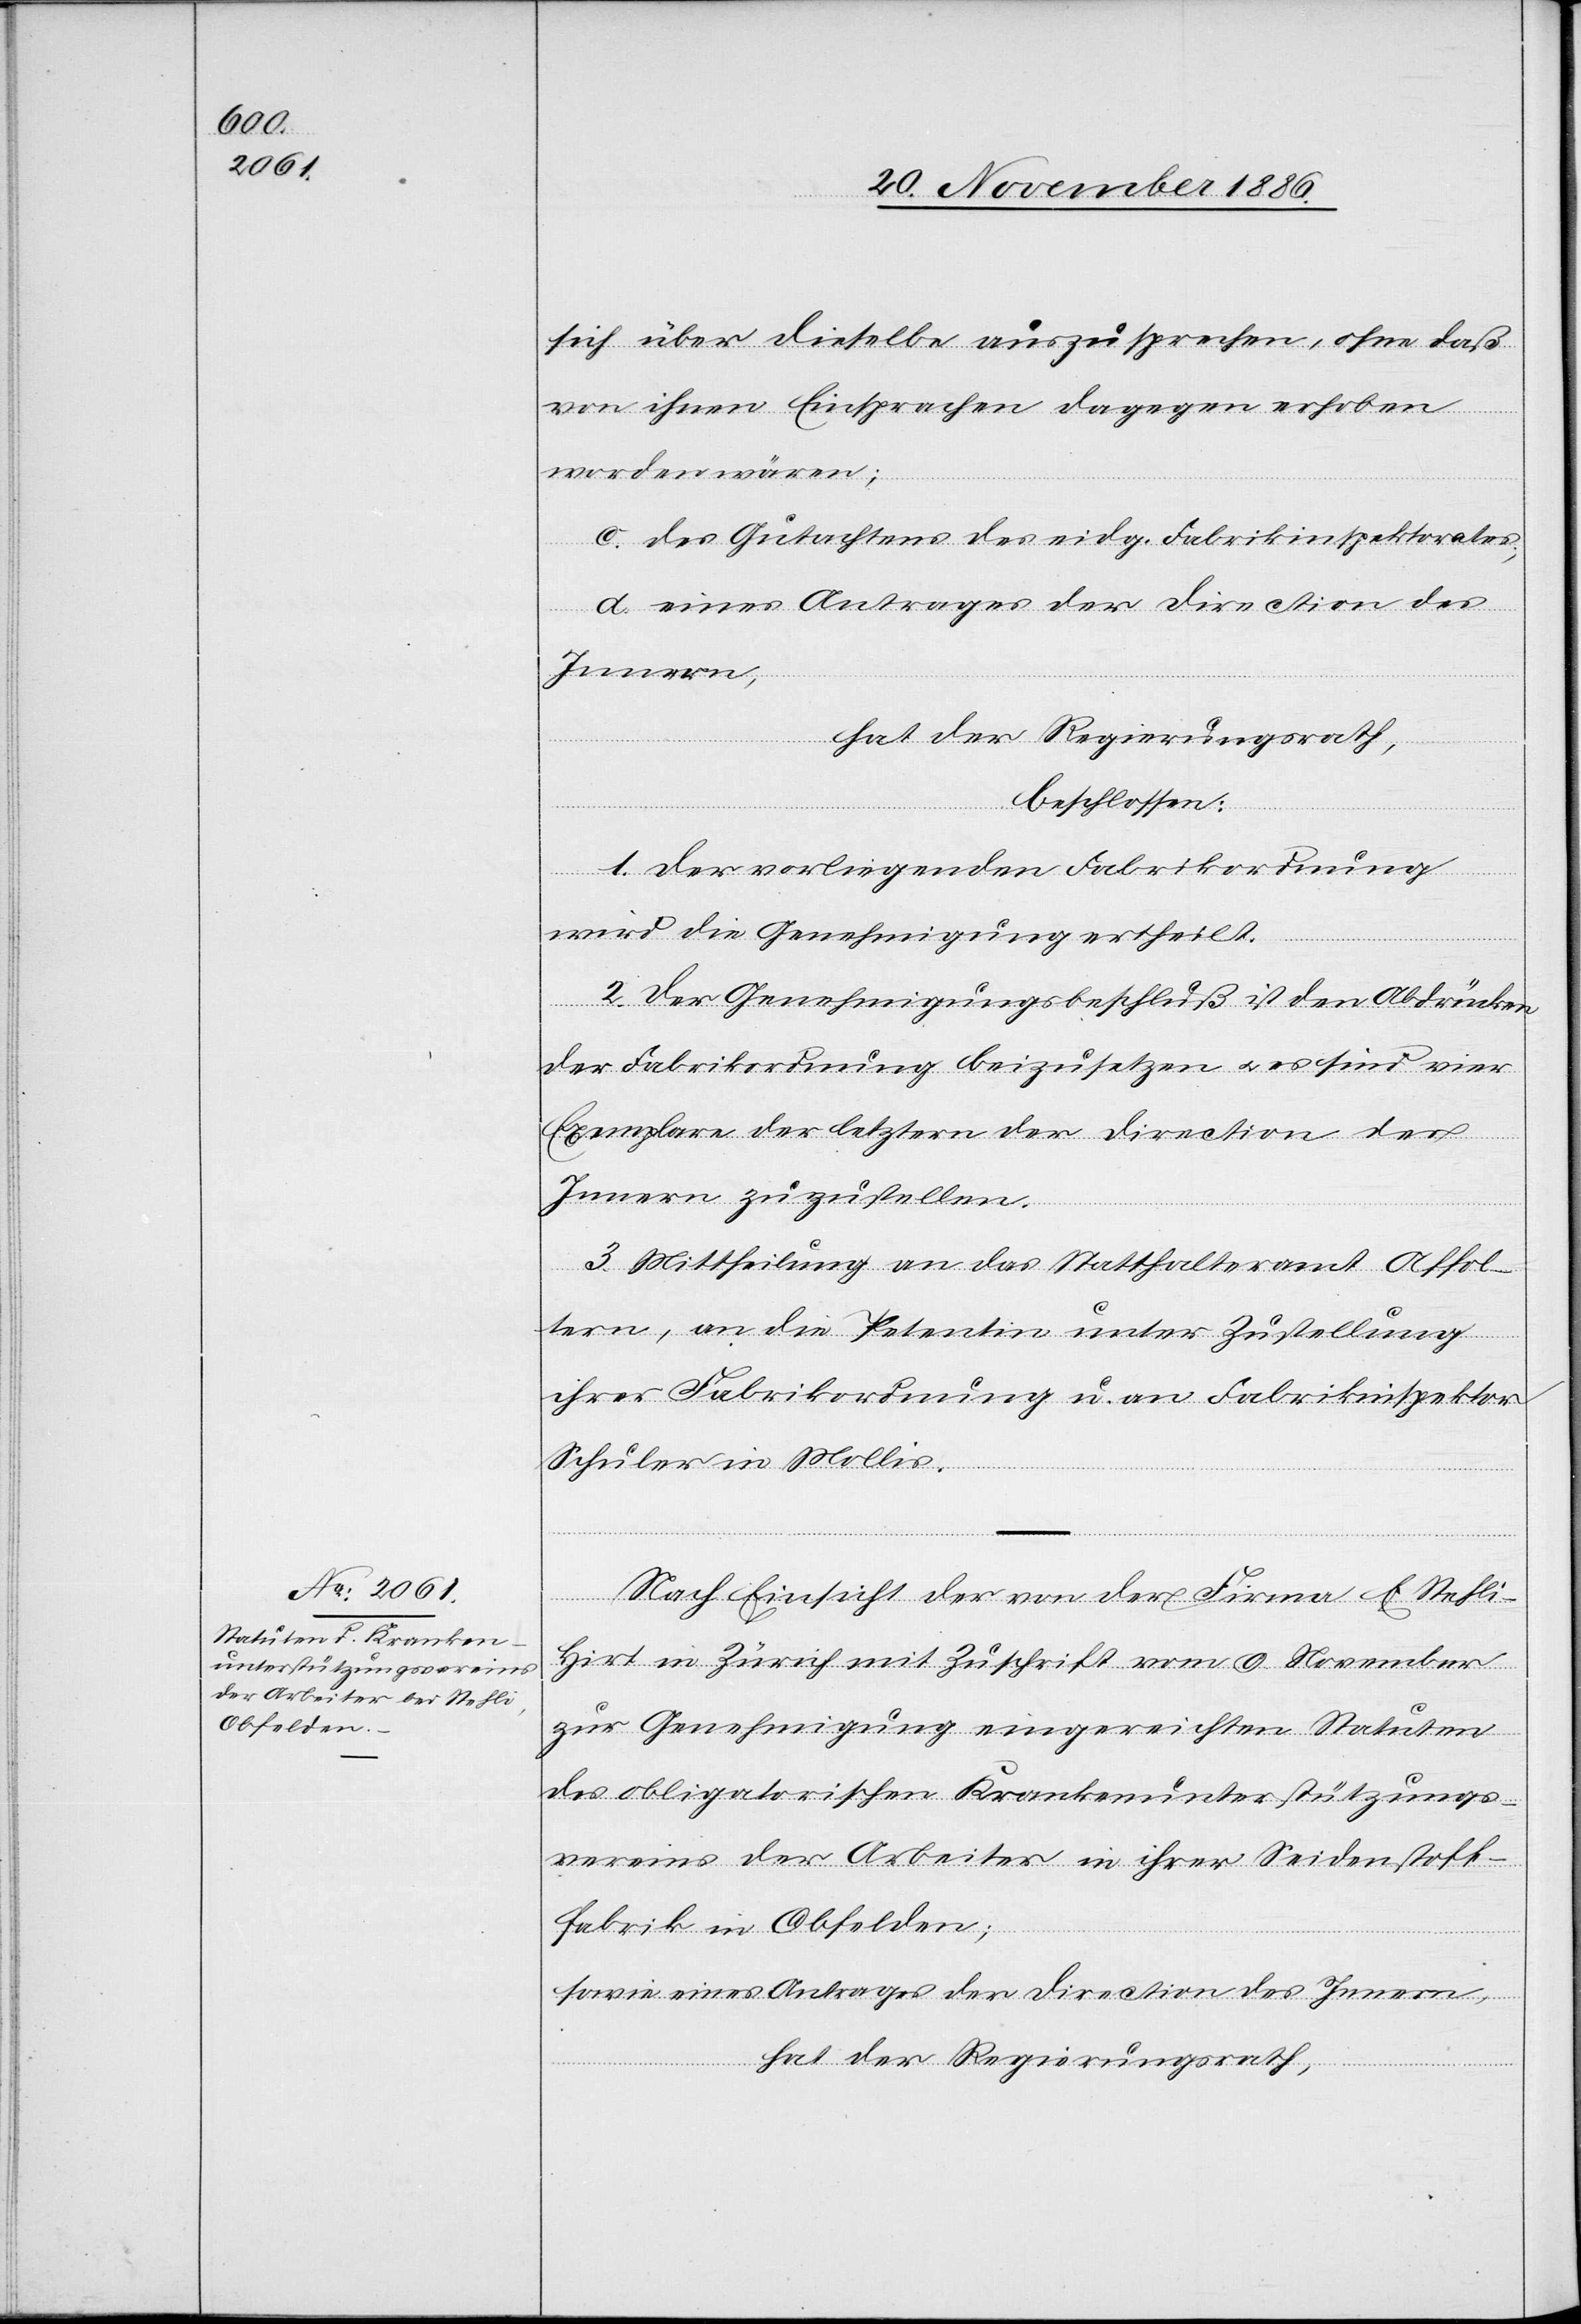
sich über dieselbe auszusprechen, ohne daß
von ihnen Einsprachen dagegen erhoben
worden wären;
c. des Gutachtens des eidg. Fabrikinspektorates;
d. eines Antrages der Direction des
Innern,
hat der Regierungsrath,
beschlossen:
1. Der vorliegenden Fabrikordnung
wird die Genehmigung ertheilt.
2. Der Genehmigungsbeschluß ist den Abdrücken
der Fabrikordnung beizusetzen & es sind vier
Exemplare der letztern der Direction des
Innern zuzustellen.
3. Mittheilung an das Statthalteramt Affol¬
tern, an die Petentin unter Zustellung
ihrer Fabrikordnung u. an Fabrikinspektor
Schuler in Mollis.
Nach Einsicht der von der Firma E. Stehli-H¬
irt in Zürich mit Zuschrift vom 9. November
zur Genehmigung eingereichten Statuten
des obligatorischen Krankenunterstützungs¬
vereins der Arbeiter in ihrer Seidenstoff¬
fabrik in Obfelden;
sowie eines Antrages der Direction des Innern,
hat der Regierungsrath,